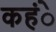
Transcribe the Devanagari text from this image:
कहंे